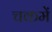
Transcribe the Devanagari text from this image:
चकमें